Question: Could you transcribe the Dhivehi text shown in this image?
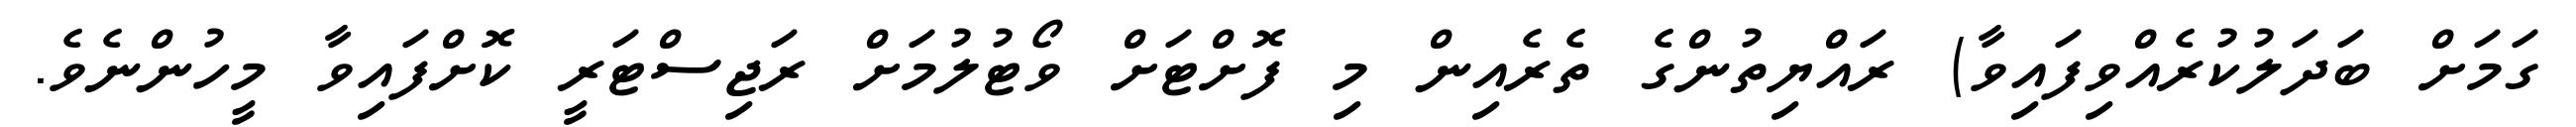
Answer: ގަމަށް ބަދަލުކުރެއްވިފައިވާ) ރައްޔިތުންގެ ތެރެއިން މި ފޮށްޓަށް ވޯޓުލުމަށް ރަޖިސްޓަރީ ކޮށްފައިވާ މީހުންނެވެ.